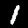
Label: 1